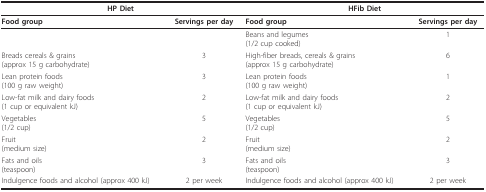
<table><thead><tr><td colspan="2"><b>HP Diet</b></td><td colspan="2"><b>HFib Diet</b></td></tr></thead><tbody><tr><td><b>Food group</b></td><td><b>Servings per day</b></td><td><b>Food group</b></td><td><b>Servings per day</b></td></tr><tr><td></td><td></td><td>Beans and legumes(1/2 cup cooked)</td><td>1</td></tr><tr><td>Breads cereals &amp; grains(approx 15 g carbohydrate)</td><td>3</td><td>High-fiber breads, cereals &amp; grains(approx 15 g carbohydrate)</td><td>6</td></tr><tr><td>Lean protein foods(100 g raw weight)</td><td>3</td><td>Lean protein foods(100 g raw weight)</td><td>1</td></tr><tr><td>Low-fat milk and dairy foods(1 cup or equivalent kJ)</td><td>2</td><td>Low-fat milk and dairy foods(1 cup or equivalent kJ)</td><td>2</td></tr><tr><td>Vegetables(1/2 cup)</td><td>5</td><td>Vegetables(1/2 cup)</td><td>5</td></tr><tr><td>Fruit(medium size)</td><td>2</td><td>Fruit(medium size)</td><td>2</td></tr><tr><td>Fats and oils(teaspoon)</td><td>3</td><td>Fats and oils(teaspoon)</td><td>3</td></tr><tr><td>Indulgence foods and alcohol (approx 400 kJ)</td><td>2 per week</td><td>Indulgence foods and alcohol (approx 400 kJ)</td><td>2 per week</td></tr></tbody></table>